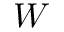
W